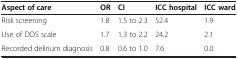
<table><thead><tr><td><b>Aspect of care</b></td><td><b>OR</b></td><td><b>CI</b></td><td><b>ICC hospital</b></td><td><b>ICC ward</b></td></tr></thead><tbody><tr><td>Risk screening</td><td>1.8</td><td>1.5 to 2.3</td><td>52.4</td><td>1.9</td></tr><tr><td>Use of DOS scale</td><td>1.7</td><td>1.3 to 2.2</td><td>24.2</td><td>2.1</td></tr><tr><td>Recorded delirium diagnosis</td><td>0.8</td><td>0.6 to 1.0</td><td>7.6</td><td>0.0</td></tr></tbody></table>